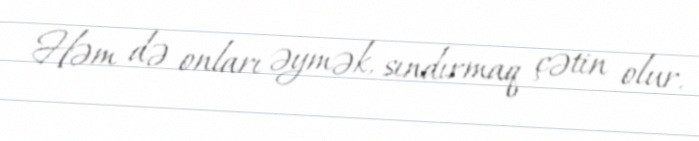
Həm də onları əymək, sındırmaq çətin olur.